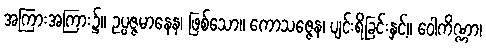
အကြားအကြား၌။ ဥပ္ပဇ္ဇမာနေန၊ ဖြစ်သော။ ကောသဇ္ဇေန၊ ပျင်းရိခြင်းနှင့်။ ဝေါကိဏ္ဏာ၊